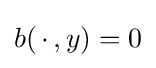
b(\,\cdot \,,y)=0